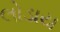
લોડાય